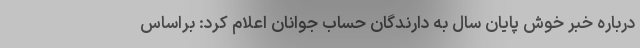
درباره خبر خوش پایان سال به دارندگان حساب جوانان اعلام کرد: براساس